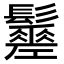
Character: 𩯸